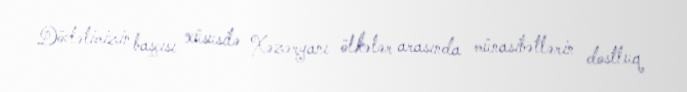
Dövlətimizin başçısı xüsusilə Xəzəryanı ölkələr arasında münasibətlərin dostluq